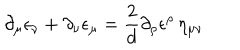
LaTeX: \partial _ { \mu } \epsilon _ { \nu } + \partial _ { \nu } \epsilon _ { \mu } = \frac { 2 } { d } \partial _ { \rho } \epsilon ^ { \rho } \, \eta _ { \mu \nu }